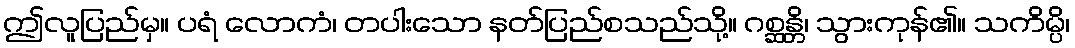
ဤလူပြည်မှ။ ပရံ လောကံ၊ တပါးသော နတ်ပြည်စသည်သို့။ ဂစ္ဆန္တိ၊ သွားကုန်၏။ သကိမ္ပိ၊